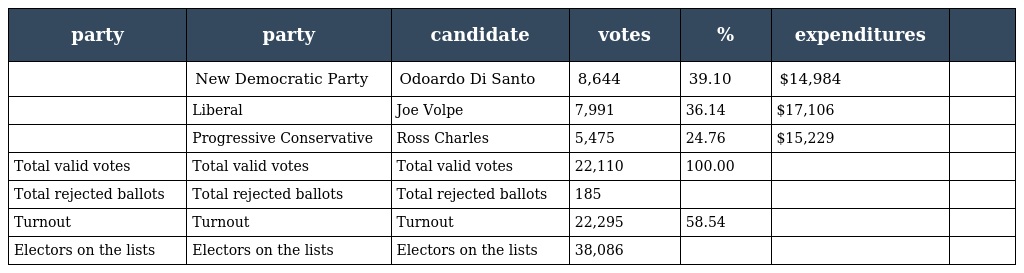
| party | party | candidate | votes | % | expenditures |  |
 | --- | --- | --- | --- | --- | --- | --- |
 |  | New Democratic Party | Odoardo Di Santo | 8,644 | 39.10 | $14,984 |  |
 |  | Liberal | Joe Volpe | 7,991 | 36.14 | $17,106 |  |
 |  | Progressive Conservative | Ross Charles | 5,475 | 24.76 | $15,229 |  |
 | Total valid votes | Total valid votes | Total valid votes | 22,110 | 100.00 |  |  |
 | Total rejected ballots | Total rejected ballots | Total rejected ballots | 185 |  |  |  |
 | Turnout | Turnout | Turnout | 22,295 | 58.54 |  |  |
 | Electors on the lists | Electors on the lists | Electors on the lists | 38,086 |  |  |  |